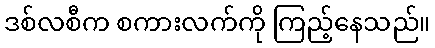
ဒစ်လစီက စကားလက်ကို ကြည့်နေသည်။